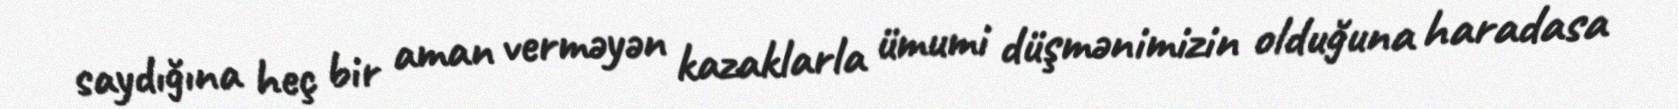
saydığına heç bir aman verməyən kazaklarla ümumi düşmənimizin olduğuna haradasa